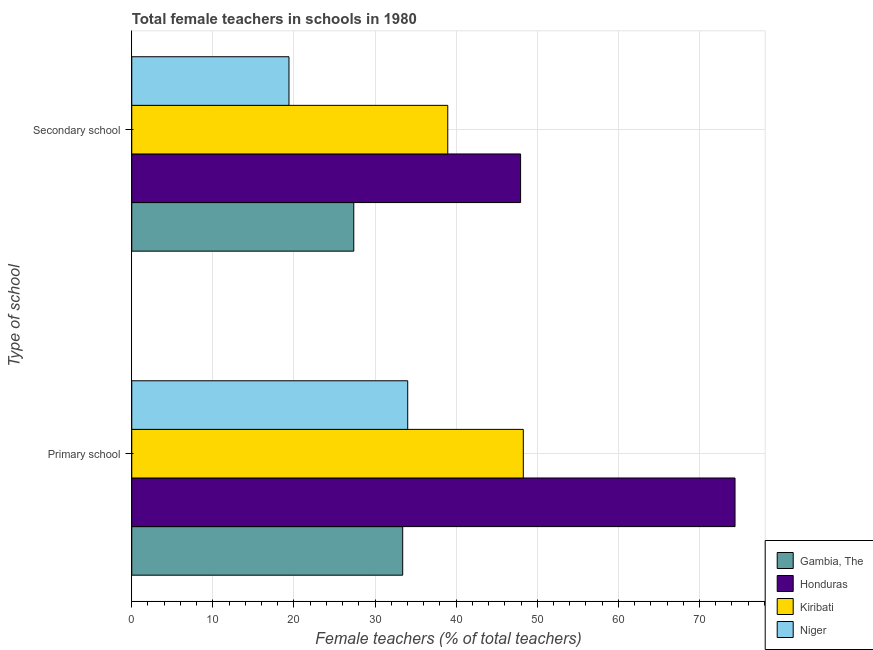
| Type of school | Gambia, The | Honduras | Kiribati | Niger |
 | --- | --- | --- | --- | --- |
 | Primary school | 33.4 | 74.4 | 48.3 | 34 |
 | Secondary school | 27.4 | 47.9 | 39 | 19.4 |